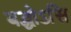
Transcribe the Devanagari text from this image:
बद्धोऽसि